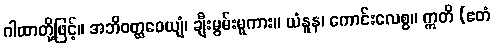
ဂါထာတို့ဖြင့်။ အဘိဝတ္ထဝေယျံ၊ ချီးမွမ်းမူကား။ ယံနူန၊ ကောင်းလေစွ။ ဣတိ (ဧတံ